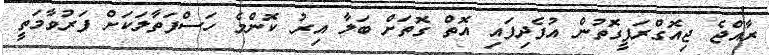
ރާއްޖެ ޖިއޮގްރަފީގޮތުން އުފެދިފައި އޮތް ގޮތަށް ބަލާ އިރު ކޮންމެ ހަސްފަތާލަކަށް ފަރުވާމަތީ